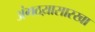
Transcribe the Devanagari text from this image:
अंगठय़ासारखा